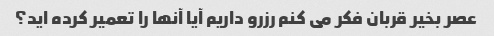
عصر بخیر قربان فکر می کنم رزرو داریم آیا آنها را تعمیر کرده اید؟